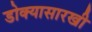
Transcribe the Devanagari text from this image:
डोक्यासारखी